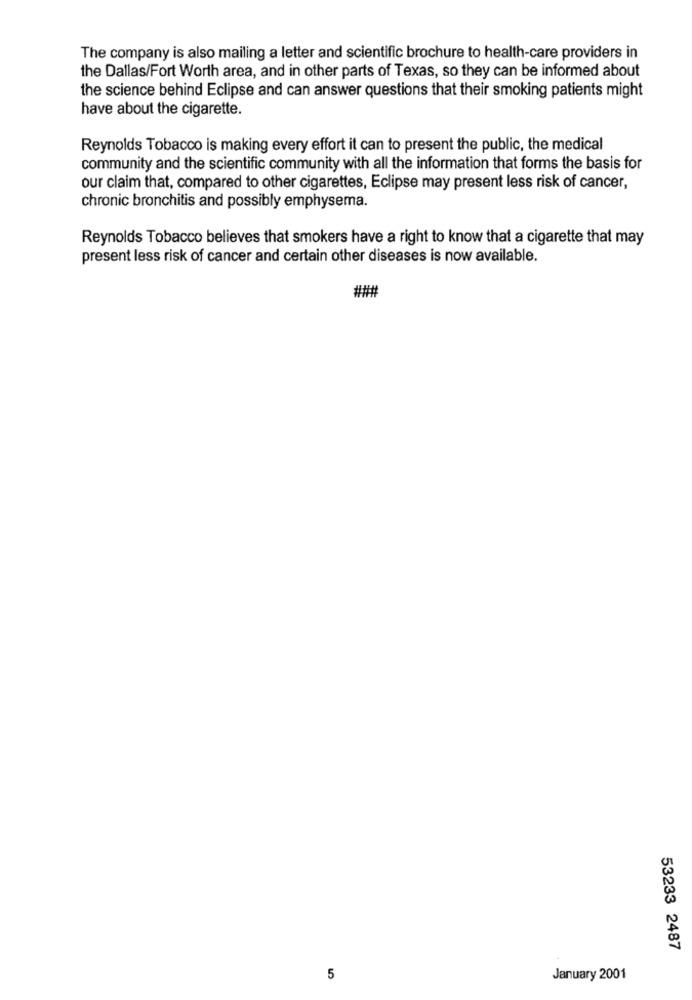
The company is also mailing a letter and scientific brochure to health-care providers in
the Dallas/Fort Worth area, and in other parts of Texas, so they can be informed about
the science behind Eclipse and can answer questions that their smoking patients might
have about the cigarette.
Reynolds Tobacco is making every effort it can to present the public, the medical
community and the scientific community with all the information that forms the basis for
our claim that, compared to other cigarettes, Eclipse may present less risk of cancer,
chronic bronchitis and possibly emphysema.
Reynolds Tobacco believes that smokers have a right to know that a cigarette that may
present less risk of cancer and certain other diseases is now available.
###
53233 2487
5
January 2001